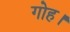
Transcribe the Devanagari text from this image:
गोह।